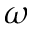
\omega